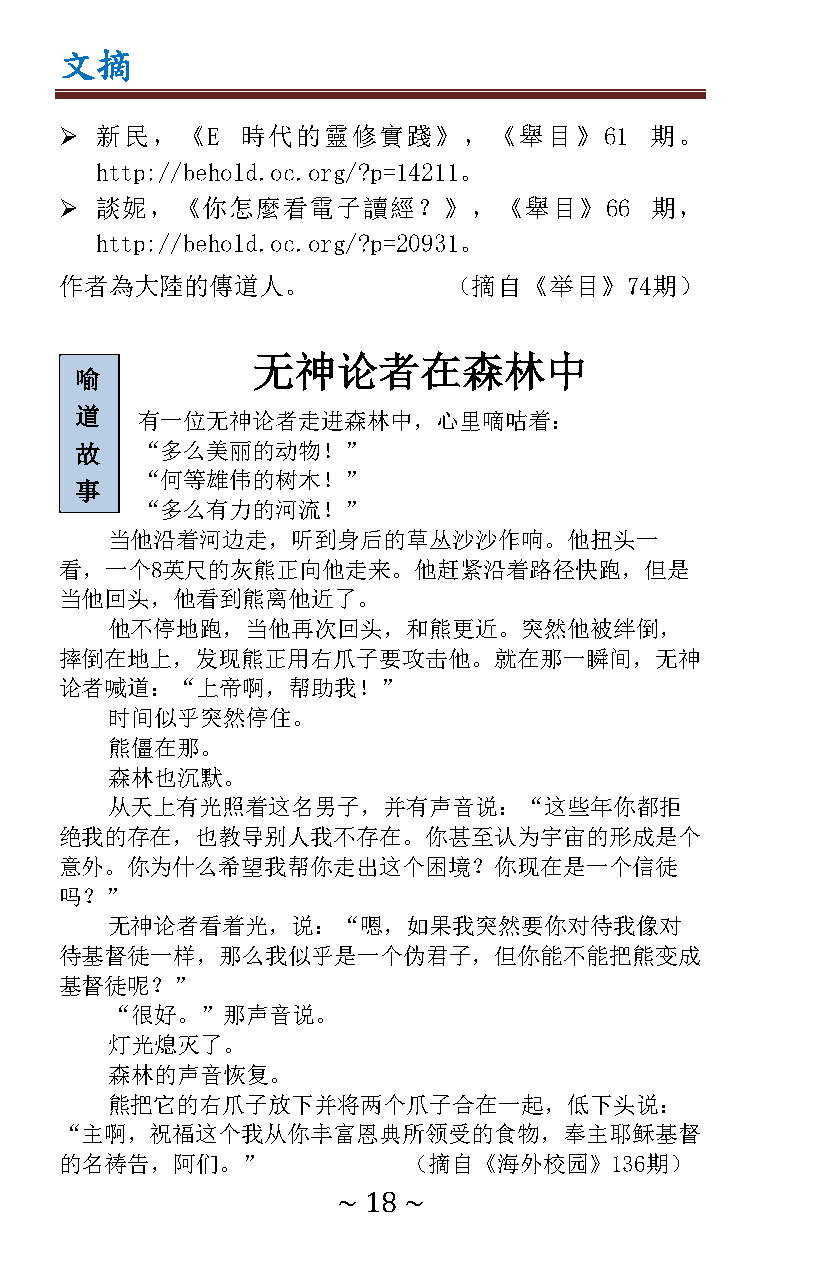
文摘
  新民，《E     時代的靈修實踐》，《舉目》61            期。
 http://behold.oc.org/?p=14211。
  談妮，《你怎麼看電子讀經？》，《舉目》66                期，
 http://behold.oc.org/?p=20931。
 作者為大陸的傳道人。                （摘自《举目》74期）
 无神论者在森林中
 喻
 道   有一位无神论者走进森林中，心里嘀咕着：
 故   “多么美丽的动物！”
 “何等雄伟的树木！”
 事
 “多么有力的河流！”
 当他沿着河边走，听到身后的草丛沙沙作响。他扭头一
 看，一个8英尺的灰熊正向他走来。他赶紧沿着路径快跑，但是
 当他回头，他看到熊离他近了。
 他不停地跑，当他再次回头，和熊更近。突然他被绊倒，
 摔倒在地上，发现熊正用右爪子要攻击他。就在那一瞬间，无神
 论者喊道：“上帝啊，帮助我！”
 时间似乎突然停住。
 熊僵在那。
 森林也沉默。
 从天上有光照着这名男子，并有声音说：“这些年你都拒
 绝我的存在，也教导别人我不存在。你甚至认为宇宙的形成是个
 意外。你为什么希望我帮你走出这个困境？你现在是一个信徒
 吗？”
 无神论者看着光，说：“嗯，如果我突然要你对待我像对
 待基督徒一样，那么我似乎是一个伪君子，但你能不能把熊变成
 基督徒呢？”
 “很好。”那声音说。
 灯光熄灭了。
 森林的声音恢复。
 熊把它的右爪子放下并将两个爪子合在一起，低下头说：
 “主啊，祝福这个我从你丰富恩典所领受的食物，奉主耶稣基督
 的名祷告，阿们。”              （摘自《海外校园》136期）
 ~ 18 ~